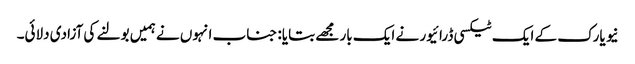
نیو یارک کے ایک ٹیکسی ڈرائیور نے ایک بار مجھے بتایا: جناب انہوں نے ہمیں بولنے کی آزادی دلائی۔